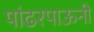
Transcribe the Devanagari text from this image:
पांढरपाऊनी